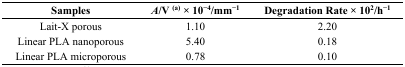
| Samples | A/V (a) × 10−4/mm−1 | Degradation Rate × 102/h−1 |
 | --- | --- | --- |
 | Lait-X porous | 1.10 | 2.20 |
 | Linear PLA nanoporous | 5.40 | 0.18 |
 | Linear PLA microporous | 0.78 | 0.10 |